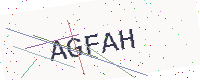
Text: AGFAH